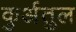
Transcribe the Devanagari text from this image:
कुर्अतुल